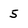
Character: 5